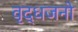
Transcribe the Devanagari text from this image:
वृद्धजनो